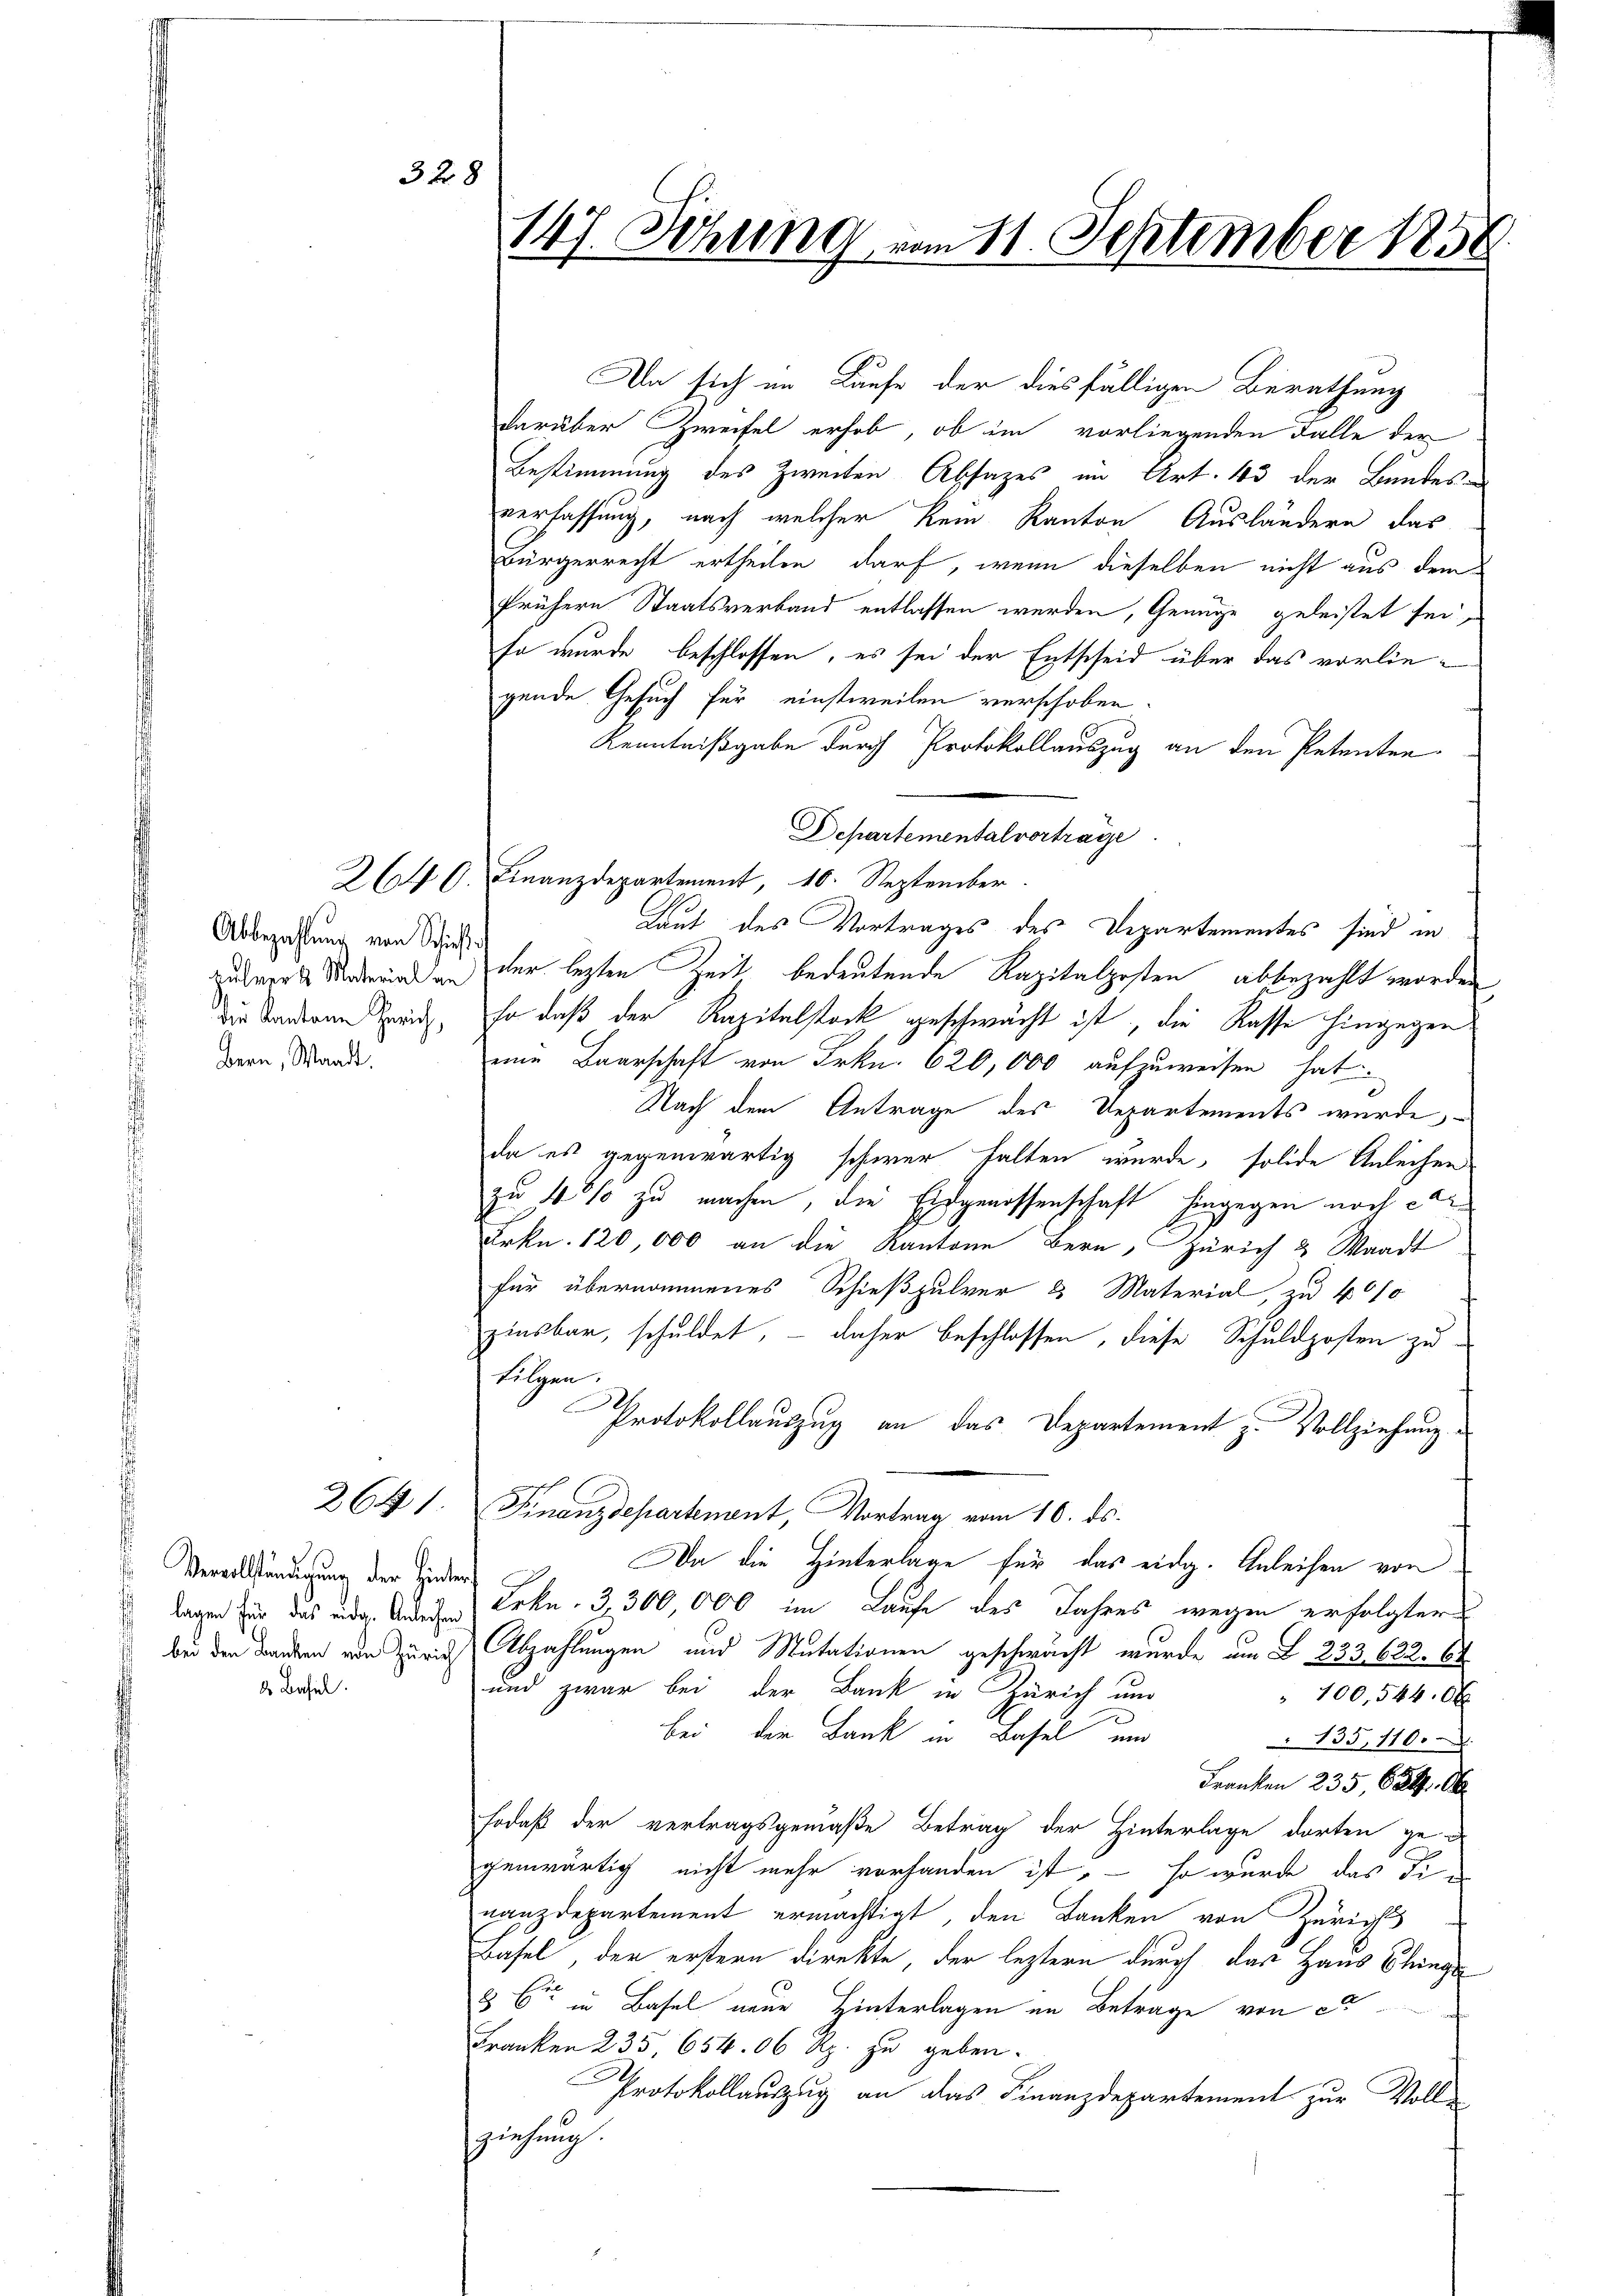
Vervollständigung der Hinter
lagen für das eidg. Anleihen
bei den Banken von Zürich
d. Basel.

2641.

328

Abbezahlung von Schieß
Die Kantone Zürich,
Bern, Waadt.

147. Sitzung vom 11. September 1858.

darüber Zweifel erhob, ob im vorliegenden Falle der
Bestimmung des Zweiten Absatzes im Art. 13 der Bundes-
verfassung, nach welcher kein Kanton Ausländern das
Bürgerrecht ertheilen darf, wenn dieselben nicht aus dem
frühern Staatsverband entlassen werden, Genüge geleistet sei,
so wurde beschlossen, es sei der Entscheid über das vorliegende Gesuch für einstweilen verschoben.
Kenntnißgabe durch Protokollauszug an den Petenten
Departemental vortrage
264 C. Finanzdepartement, 10. September
Laut des Vortrages des Departementes sind in
zuwerks Kinderwind an der lezten Zeit bedeutende Kapitalposten abbezahlt worden
so daß der Kapitelstock geschwächt ist, die Kasse hingegen
eine Baarschaft von Frkn. 620,000 aufzuweisen hat
Nach dem Antrage des Departements wurde,
da es gegenwärtig schwer halten wurde, solide Anleihen
zu 40% zu machen, die Eidgenossenschaft hingegen noch er¬
Frkn. 120,000 an die Kantone Bern, Zürich & Waadt
für übernommenes Schießpulver & Material, zu 400
zinsbar, schuldet, – daher beschlossen, diese Schuldposten zu
Filgen.
e
Protokollauszug an das Departement z. Vollziehung.
Finanzdepartenant, Vortrag vom 10. ds.
Da die Hinterlage für das eidg. Anleihen von
Frkn. 3,300,000 im Laufe des Jahres wegen erfolgter
Abzahlungen und Mutationen geschwacht wurde um L 233. 622. 64
und zwar bei der Bank in Zürich und
" 100,544.0x
2
bei der Bank in Basel und
135, 110.
Franken 235, 624. Ob
sodaß der vertragsgemäße Betrag der Hinterlage dorten ge-
genwärtig nicht mehr vorhanden ist, – so wurde das die
nanzdepartement ermächtigt, den Banken von Zürichts
Basel, der erstern direkte, der leztern durch das Haus Chinge¬
86 in Basel neue Hinterlagen im Betrage von ca
Franken 235, 654. 06 Rp. zu geben.
Protokollauszug an das Finanzdepartement zur Voll-
ziehung.

Da sich im Laufe der diesfälligen Berathung